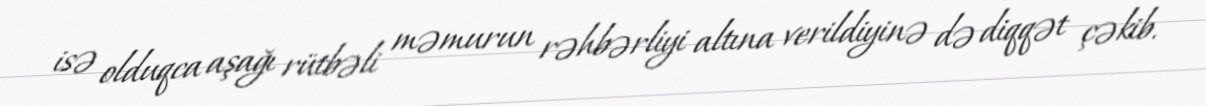
isə olduqca aşağı rütbəli məmurun rəhbərliyi altına verildiyinə də diqqət çəkib.